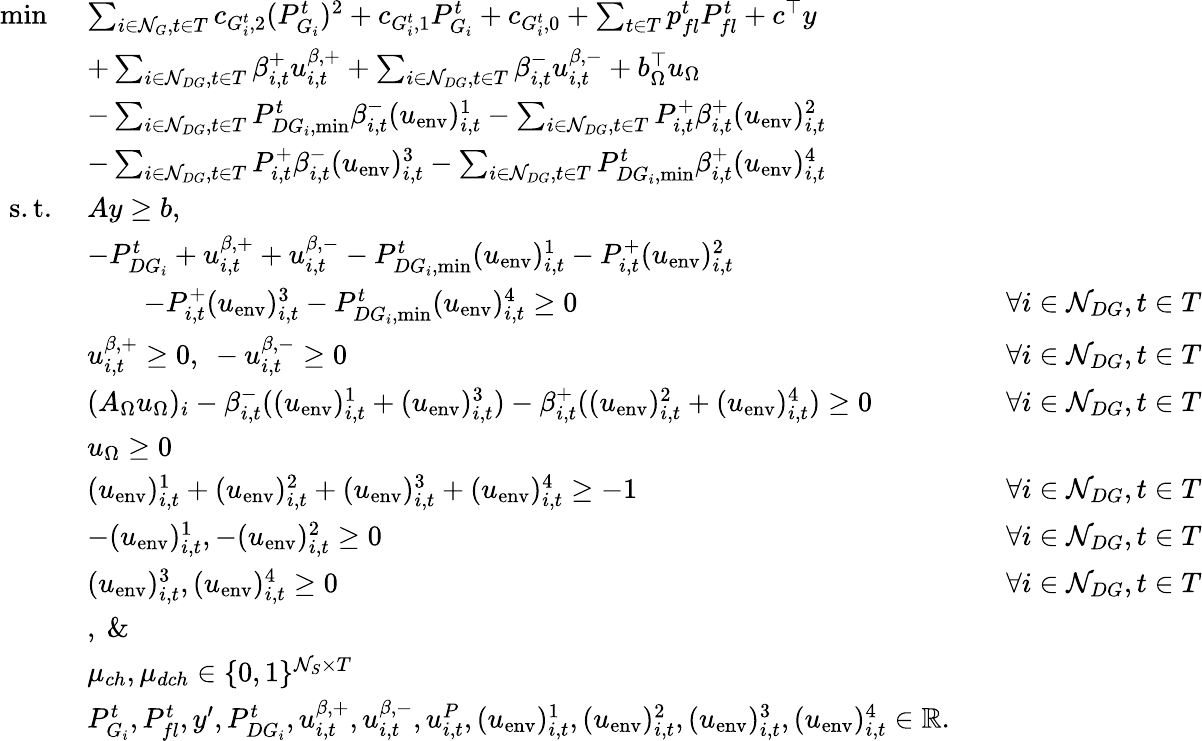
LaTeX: \begin{array}{rlrl}{\operatorname*{min}\ }&{\sum_{i\in\mathcal{N}_{G},t\in T}c_{G_{i}^{t},2}(P_{G_{i}}^{t})^{2}+c_{G_{i}^{t},1}P_{G_{i}}^{t}+c_{G_{i}^{t},0}+\sum_{t\in T}p_{fl}^{t}P_{fl}^{t}+c^{\top}y}\\ &{+\sum_{i\in\mathcal{N}_{DG},t\in T}\beta_{i,t}^{+}u_{i,t}^{\beta,+}+\sum_{i\in\mathcal{N}_{DG},t\in T}\beta_{i,t}^{-}u_{i,t}^{\beta,-}+b_{\Omega}^{\top}u_{\Omega}}\\ &{-\sum_{i\in\mathcal{N}_{DG},t\in T}P_{DG_{i},\operatorname*{min}}^{t}\beta_{i,t}^{-}(u_{\mathrm{env}})_{i,t}^{1}-\sum_{i\in\mathcal{N}_{DG},t\in T}P_{i,t}^{+}\beta_{i,t}^{+}(u_{\mathrm{env}})_{i,t}^{2}}\\ &{-\sum_{i\in\mathcal{N}_{DG},t\in T}P_{i,t}^{+}\beta_{i,t}^{-}(u_{\mathrm{env}})_{i,t}^{3}-\sum_{i\in\mathcal{N}_{DG},t\in T}P_{DG_{i},\operatorname*{min}}^{t}\beta_{i,t}^{+}(u_{\mathrm{env}})_{i,t}^{4}}\\ {\mathrm{s.t.}\ }&{Ay\geq b,}\\ &{-P_{DG_{i}}^{t}+u_{i,t}^{\beta,+}+u_{i,t}^{\beta,-}-P_{DG_{i},\operatorname*{min}}^{t}(u_{\mathrm{env}})_{i,t}^{1}-P_{i,t}^{+}(u_{\mathrm{env}})_{i,t}^{2}}\\ &{\qquad-P_{i,t}^{+}(u_{\mathrm{env}})_{i,t}^{3}-P_{DG_{i},\operatorname*{min}}^{t}(u_{\mathrm{env}})_{i,t}^{4}\geq 0}&&{\forall i\in\mathcal{N}_{DG},t\in T}\\ &{u_{i,t}^{\beta,+}\geq 0,\ -u_{i,t}^{\beta,-}\geq 0}&&{\forall i\in\mathcal{N}_{DG},t\in T}\\ &{(A_{\Omega}u_{\Omega})_{i}-\beta_{i,t}^{-}((u_{\mathrm{env}})_{i,t}^{1}+(u_{\mathrm{env}})_{i,t}^{3})-\beta_{i,t}^{+}((u_{\mathrm{env}})_{i,t}^{2}+(u_{\mathrm{env}})_{i,t}^{4})\geq 0}&&{\forall i\in\mathcal{N}_{DG},t\in T}\\ &{u_{\Omega}\geq 0}\\ &{(u_{\mathrm{env}})_{i,t}^{1}+(u_{\mathrm{env}})_{i,t}^{2}+(u_{\mathrm{env}})_{i,t}^{3}+(u_{\mathrm{env}})_{i,t}^{4}\geq-1}&&{\forall i\in\mathcal{N}_{DG},t\in T}\\ &{-(u_{\mathrm{env}})_{i,t}^{1},-(u_{\mathrm{env}})_{i,t}^{2}\geq 0}&&{\forall i\in\mathcal{N}_{DG},t\in T}\\ &{(u_{\mathrm{env}})_{i,t}^{3},(u_{\mathrm{env}})_{i,t}^{4}\geq 0}&&{\forall i\in\mathcal{N}_{DG},t\in T}\\ &{,\ \& \ }\\ &{\mu_{ch},\mu_{dch}\in\{ 0,1\} ^{\mathcal{N}_{S}\times T}}\\ &{P_{G_{i}}^{t},P_{fl}^{t},y^{\prime},P_{DG_{i}}^{t},u_{i,t}^{\beta,+},u_{i,t}^{\beta,-},u_{i,t}^{P},(u_{\mathrm{env}})_{i,t}^{1},(u_{\mathrm{env}})_{i,t}^{2},(u_{\mathrm{env}})_{i,t}^{3},(u_{\mathrm{env}})_{i,t}^{4}\in\mathbb{R}.}\end{array}